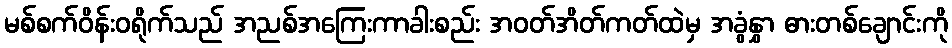
မစ်စက်ဝိန်းဝရိုက်သည် အညစ်အကြေးကာခါးစည်း အဝတ်အိတ်ကတ်ထဲမှ အခွံနွှာ ဓားတစ်ချောင်းကို